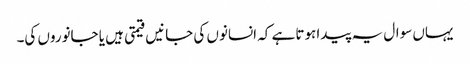
یہاں سوال یہ پیدا ہوتا ہے کہ انسانوں کی جانیں قیمتی ہیں یا جانوروں کی۔